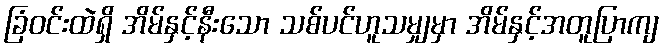
ခြံဝင်းထဲရှိ အိမ်နှင့်နီးသော သစ်ပင်ဟူသမျှမှာ အိမ်နှင့်အတူပြာကျ